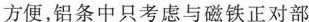
方便，铝条中只考虑与磁铁正对部